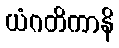
ယံဂတိကာနိ